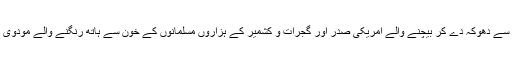
ویسے تو فلسطینیوں کو ڈیل آف سینچری کے نام سے دھوکہ دے کر بیچنے والے امریکی صدر اور گجرات و کشمیر کے ہزاروں مسلمانوں کے خون سے ہاتھ رنگنے والے مودوی دونوں کو تاریخ سیاہ الفاظ میں ہی یاد رکھے گی۔